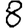
Digit: 8